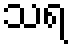
သရ